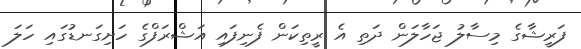
ފަރީޝާގެ މިސާލު ޖަހާލަން ދަތި އެ ރީތިކަން ފެނިފައި އަޝްރަފްގެ ހަށިގަނޑުގައި ހަލަ